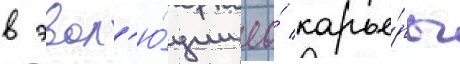
в эвол'ю́ции ео́ карье́ры